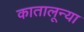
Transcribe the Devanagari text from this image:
कातालून्या